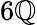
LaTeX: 6\mathbb{Q}